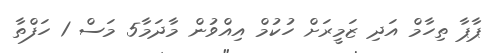
ޕާޕާ ތިހާމް އަދި ޒަމީރަށް ހުކުމް އިއްވުން މާދަމާ5 މަސް 1 ހަފްތާ